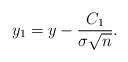
LaTeX: \begin{align*}y_1 = y - \frac{C_1}{ \sigma \sqrt{n} }. \end{align*}